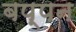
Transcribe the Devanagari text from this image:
बप्पन